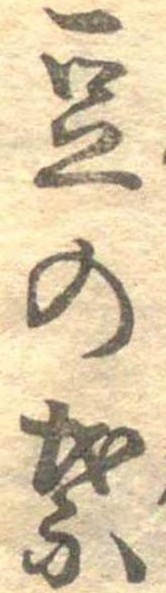
豆の葉